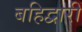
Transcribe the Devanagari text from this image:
बहिद्वारीं